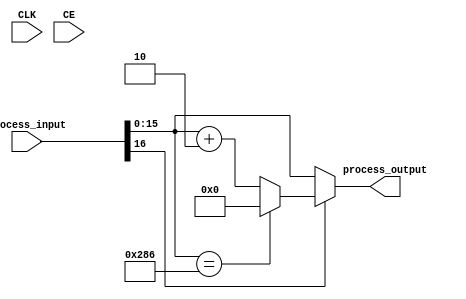
module incif_wrapuint16_646_inc2(input CLK, input CE, input [16:0] process_input, output [15:0] process_output);
parameter INSTANCE_NAME="INST";
  wire [15:0] unnamedcast3597USEDMULTIPLEcast;assign unnamedcast3597USEDMULTIPLEcast = (process_input[15:0]); 
  assign process_output = (((process_input[16]))?((({(unnamedcast3597USEDMULTIPLEcast==(16'd646))})?((16'd0)):({(unnamedcast3597USEDMULTIPLEcast+(16'd2))}))):(unnamedcast3597USEDMULTIPLEcast));
endmodule